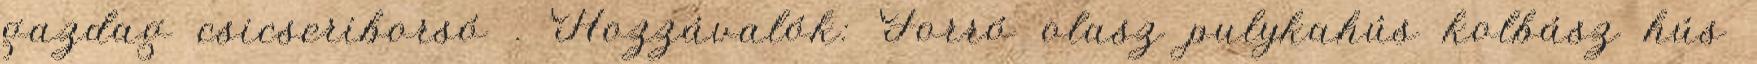
gazdag csicseriborsó . Hozzávalók: Forró olasz pulykahús kolbász hús